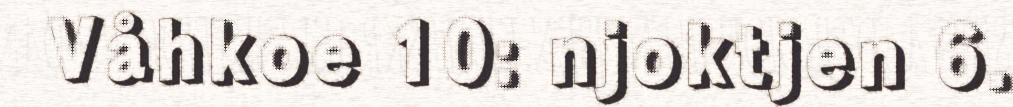
Våhkoe 10: njoktjen 6.